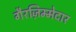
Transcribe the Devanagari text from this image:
गैरज़िम्मेदार